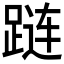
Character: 𰸔